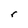
Character: r